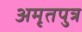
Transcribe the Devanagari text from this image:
अमृतपुत्र